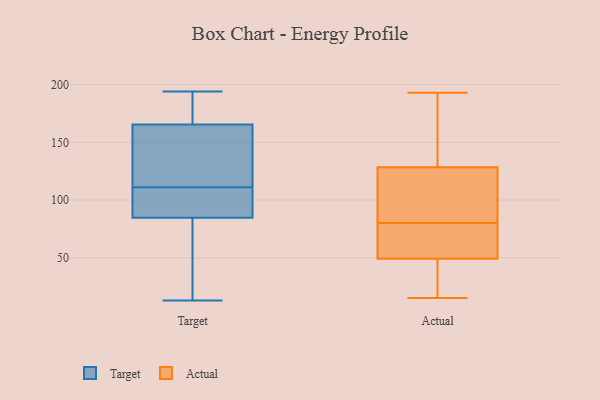
{"axis": {"x": "Population (Million)", "y": "Value"}, "legend": ["Actual", "Target"], "data": [{"x": "", "y": 66, "type": "Target"}, {"x": "", "y": 109, "type": "Target"}, {"x": "", "y": 125, "type": "Target"}, {"x": "", "y": 120, "type": "Target"}, {"x": "", "y": 108, "type": "Target"}, {"x": "", "y": 13, "type": "Target"}, {"x": "", "y": 111, "type": "Target"}, {"x": "", "y": 60, "type": "Target"}, {"x": "", "y": 131, "type": "Target"}, {"x": "", "y": 162, "type": "Target"}, {"x": "", "y": 108, "type": "Target"}, {"x": "", "y": 185, "type": "Target"}, {"x": "", "y": 182, "type": "Target"}, {"x": "", "y": 194, "type": "Target"}, {"x": "", "y": 61, "type": "Target"}, {"x": "", "y": 91, "type": "Target"}, {"x": "", "y": 176, "type": "Target"}, {"x": "", "y": 116, "type": "Actual"}, {"x": "", "y": 71, "type": "Actual"}, {"x": "", "y": 88, "type": "Actual"}, {"x": "", "y": 43, "type": "Actual"}, {"x": "", "y": 15, "type": "Actual"}, {"x": "", "y": 19, "type": "Actual"}, {"x": "", "y": 56, "type": "Actual"}, {"x": "", "y": 55, "type": "Actual"}, {"x": "", "y": 95, "type": "Actual"}, {"x": "", "y": 162, "type": "Actual"}, {"x": "", "y": 178, "type": "Actual"}, {"x": "", "y": 35, "type": "Actual"}, {"x": "", "y": 193, "type": "Actual"}, {"x": "", "y": 141, "type": "Actual"}, {"x": "", "y": 92, "type": "Actual"}, {"x": "", "y": 72, "type": "Actual"}]}